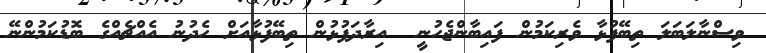
ވިސްނާލަބަލަ ތިބޭފުޅާ ވެރިކަމުން ފައިބާންޖެހުނީ  އިރާދަފުޅުން ތިބޭފުޅާއަށް ހެދުނު އެއްޗެއްގެ ބޮޑުކަމުންނޭ